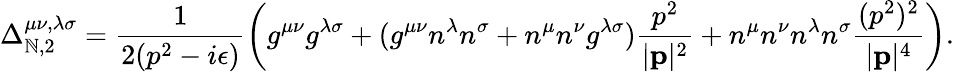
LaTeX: \Delta_{\mathbb{N},2}^{\mu\nu,\lambda\sigma}=\frac{{1}}{{2(p^{2}-i\epsilon)}}\left(g^{\mu\nu}g^{\lambda\sigma}+(g^{\mu\nu}n^{\lambda}n^{\sigma}+n^{\mu}n^{\nu}g^{\lambda\sigma})\frac{{p^{2}}}{{|{\mathbf{p}}|^{2}}}+n^{\mu}n^{\nu}n^{\lambda}n^{\sigma}\frac{{(p^{2})^{2}}}{{|{\mathbf{p}}|^{4}}}\right).